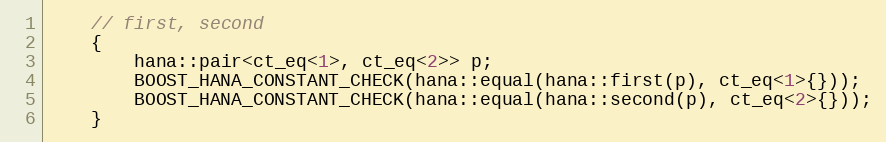
Language: C++
    // first, second
    {
        hana::pair<ct_eq<1>, ct_eq<2>> p;
        BOOST_HANA_CONSTANT_CHECK(hana::equal(hana::first(p), ct_eq<1>{}));
        BOOST_HANA_CONSTANT_CHECK(hana::equal(hana::second(p), ct_eq<2>{}));
    }